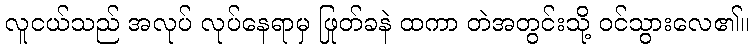
လူငယ်သည် အလုပ် လုပ်နေရာမှ ဖြုတ်ခနဲ ထကာ တဲအတွင်းသို့ ဝင်သွားလေ၏။